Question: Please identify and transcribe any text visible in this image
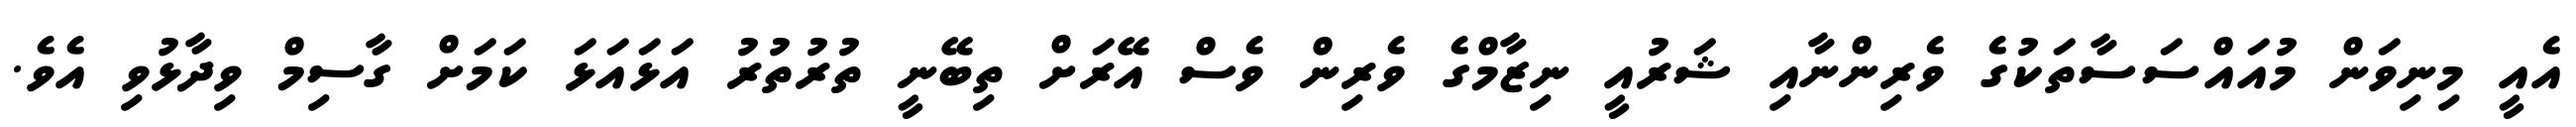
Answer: އެއީ މިނިވަން މުއައްސަސާތަކުގެ ވެރިންނާއި ޝަރުއީ ނިޒާމްގެ ވެރިން ވެސް އޭރަށް ތިބޭނީ ތުރުތުރު އަޅައަޅަ ކަމަށް ގާސިމް ވިދާޅުވި އެވެ.